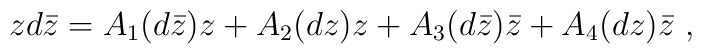
zd\bar z = A_1(d\bar z) z + A_2(dz)z + A_3(d\bar z)\bar z +A_4(dz)\bar z\ ,